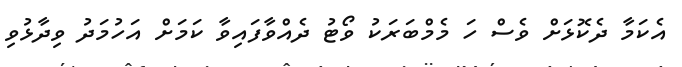
އެކަމާ ދެކޮޅަށް ވެސް ހަ މެމްބަރަކު ވޯޓު ދެއްވާފައިވާ ކަމަށް އަހުމަދު ވިދާޅުވި